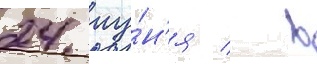
24 иу́н'я / в